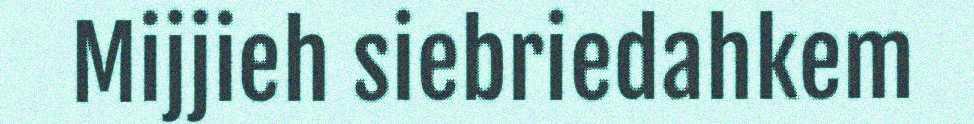
Mijjieh siebriedahkem